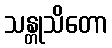
သန္တုသိတော